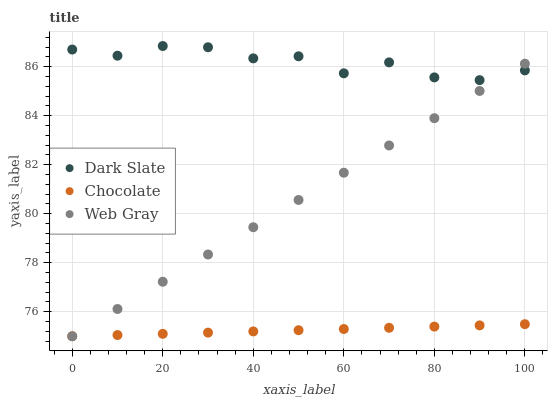
| xaxis_label | Dark Slate | Chocolate | Web Gray |
 | --- | --- | --- | --- |
 | 0 | 86.7 | 75 | 75 |
 | 10 | 86.5 | 75 | 76.1 |
 | 20 | 86.8 | 75.1 | 77.2 |
 | 30 | 86.8 | 75.1 | 78.3 |
 | 40 | 86.3 | 75.2 | 79.5 |
 | 50 | 86.4 | 75.2 | 80.6 |
 | 60 | 85.7 | 75.3 | 81.7 |
 | 70 | 86.2 | 75.3 | 82.8 |
 | 80 | 85.6 | 75.4 | 83.9 |
 | 90 | 85.5 | 75.4 | 85 |
 | 100 | 85.9 | 75.5 | 86.1 |